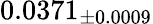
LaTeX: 0.0371_{\pm 0.0009}